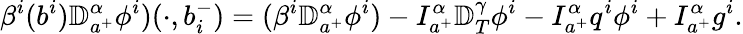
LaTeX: \beta^{i}(b^{i}){\mathbb D}_{a^{+}}^{\alpha}\phi^{i})(\cdot,b_{i}^{-})=(\beta^{i}{\mathbb D}_{a^{+}}^{\alpha}\phi^{i})-I_{a^{+}}^{\alpha}{\mathbb D}_{T}^{\gamma}\phi^{i}-I_{a^{+}}^{\alpha}q^{i}\phi^{i}+I_{a^{+}}^{\alpha}g^{i}.